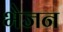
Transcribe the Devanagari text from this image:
भेजन